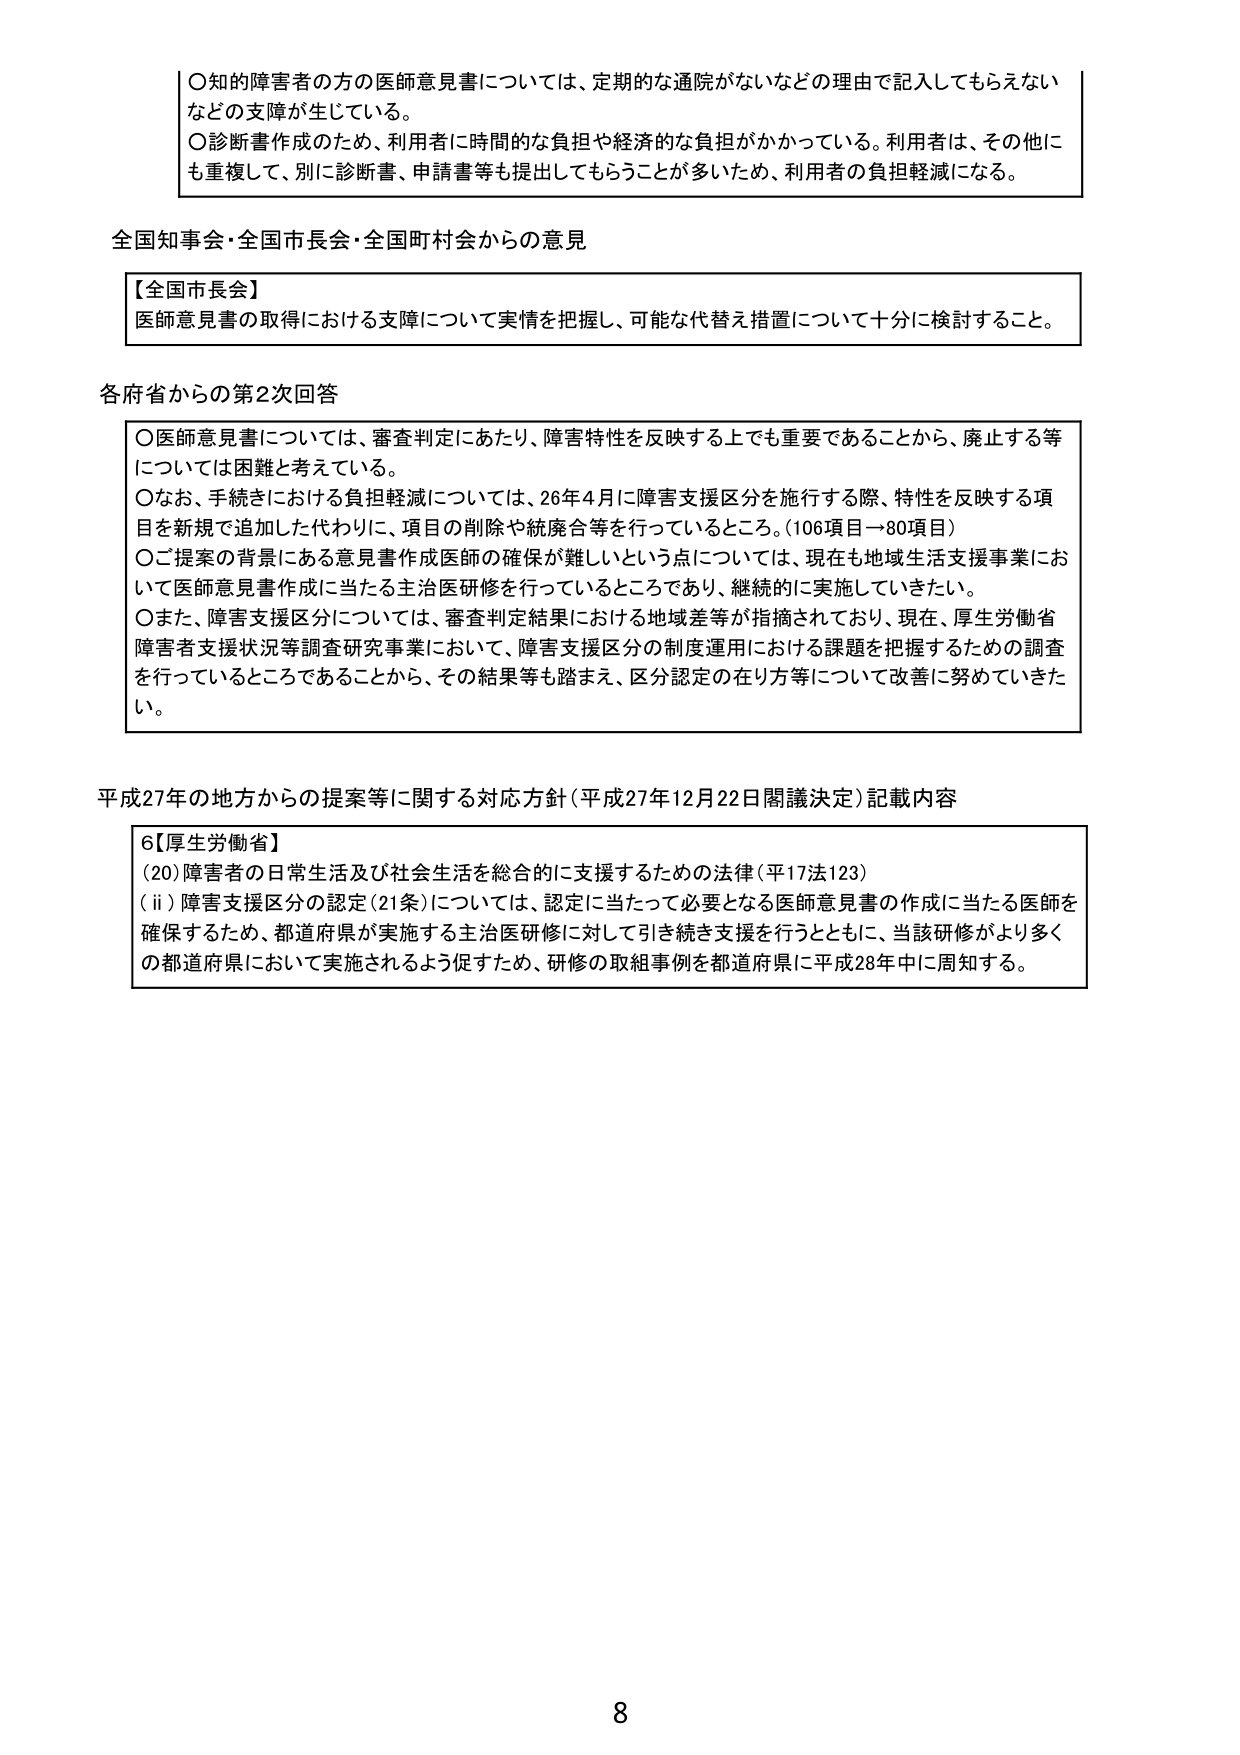
〇知的障害者の方の医師意見書については、定期的な通院がないなどの理由で記入してもらえないなどの支障が生じている。
〇診断書作成のため、利用者に時間的な負担や経済的な負担がかかっている。利用者は、その他にも重複して、別に診断書、申請書等も提出してもらうことが多いため、利用者の負担軽減になる。

全国知事会・全国市長会・全国町村会からの意見

【全国市長会】
医師意見書の取得における支障について実情を把握し、可能な代替え措置について十分に検討すること。

各府省からの第2次回答

〇医師意見書については、審査判定にあたり、障害特性を反映する上でも重要であることから、廃止する等については困難と考えている。
〇なお、手続きにおける負担軽減については、26年4月に障害支援区分を施行する際、特性を反映する項目を新規で追加した代わりに、項目の削除や統廃合等を行っているところ。（106項目→80項目）
〇ご提案の背景にある意見書作成医師の確保が難しいという点については、現在も地域生活支援事業において医師意見書作成に当たる主治医研修を行っているところであり、継続的に実施していきたい。
〇また、障害支援区分については、審査判定結果における地域差等が指摘されており、現在、厚生労働省障害者支援状況等調査研究事業において、障害支援区分の制度運用における課題を把握するための調査を行っているところであることから、その結果等も踏まえ、区分認定の在り方等について改善に努めていきたい。

平成27年の地方からの提案等に関する対応方針（平成27年12月22日閣議決定）記載内容

6【厚生労働省】
（20）障害者の日常生活及び社会生活を総合的に支援するための法律（平17法123）
（ⅱ）障害支援区分の認定（21条）については、認定に当たって必要となる医師意見書の作成に当たる医師を確保するため、都道府県が実施する主治医研修に対して引き続き支援を行うとともに、当該研修がより多くの都道府県において実施されるよう促すため、研修の取組事例を都道府県に平成28年中に周知する。

8